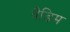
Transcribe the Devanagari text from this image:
वैडिम